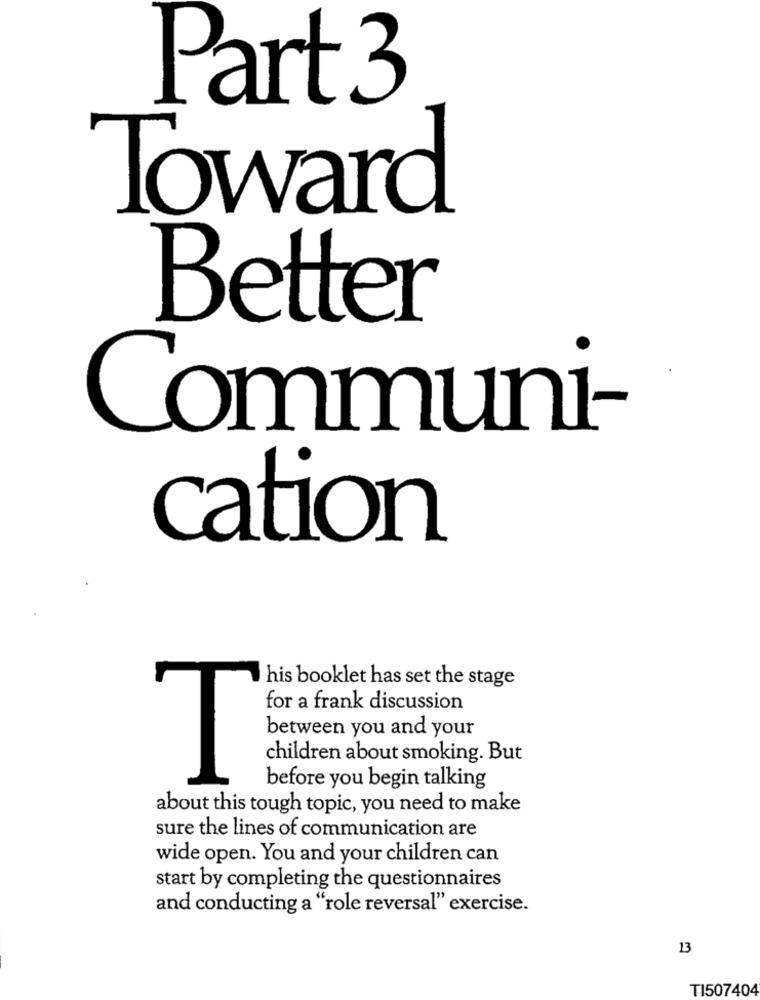
Part 3
Toward
Better
ommuni-
cation
his booklet has set the stage
for a frank discussion
between you and your
children about smoking. But
T
before you begin talking
about this tough topic, you need to make
sure the lines of communication are
wide open. You and your children can
start by completing the questionnaires
and conducting a "role reversal" exercise.
13
TI507404